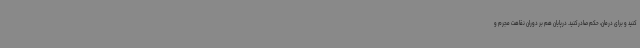
کنید و برای درمان، حکم صادرکنید. درپایان هم بر دوران نقاهت مجرم و